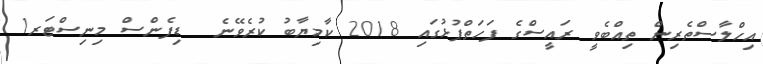
އިހްލާސްތެރިން ތިއްބެވީ ރައީސްގެ ފަހަތްޕުޅުގައި 2018 ކާމިޔާބު ކުރެވޭނެ  ޑިފެންސް މިނިސްޓަރ1